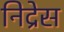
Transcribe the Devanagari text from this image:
निद्रेस